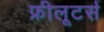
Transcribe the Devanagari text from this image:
फ्रीलूटर्स